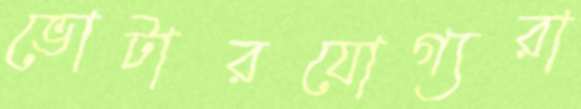
ভোটারযোগ্যরা